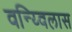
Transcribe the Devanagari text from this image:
वन्य्विलास